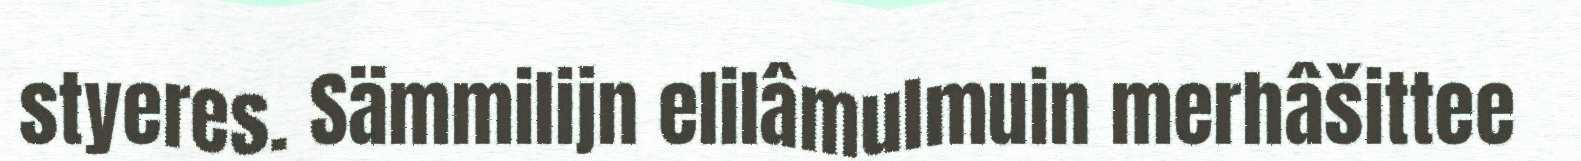
styeres. Sämmilijn elilâmulmuin merhâšittee